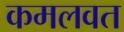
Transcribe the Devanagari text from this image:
कमलवत